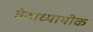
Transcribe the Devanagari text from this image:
वेदाध्यायीक